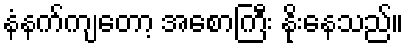
နံနက်ကျတော့ အစောကြီး နိုးနေသည်။